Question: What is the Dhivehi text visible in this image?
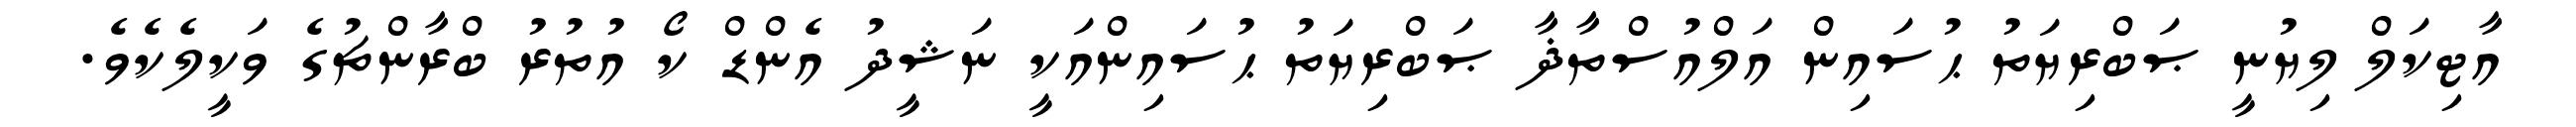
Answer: އާޓިކަލް ލިޔުނީ ޞަބްރިޔަތު ޙުސައިން އަލްއުސްތާޛާ ޞަބްރިޔަތު ޙުސައިންއަކީ ނަޝީދު އެންޑް ކޯ އުތުރު ބްރާންޗުގެ ވަކީލެކެވެ.